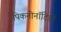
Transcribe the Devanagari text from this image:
पिकनोनॉटिडी